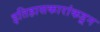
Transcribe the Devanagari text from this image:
इतिहासकारांकडून